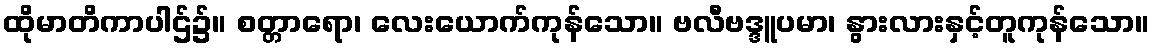
ထိုမာတိကာပါဌ်၌။ စတ္တာရော၊ လေးယောက်ကုန်သော။ ဗလီဗဒ္ဒူပမာ၊ နွားလားနှင့်တူကုန်သော။